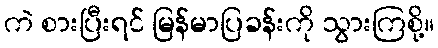
ကဲ စားပြီးရင် မြန်မာပြခန်းကို သွားကြစို့။